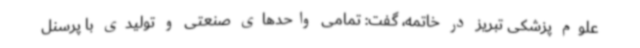
علوم پزشکی تبریز در خاتمه، گفت: تمامی واحدهای صنعتی و تولیدی با پرسنل